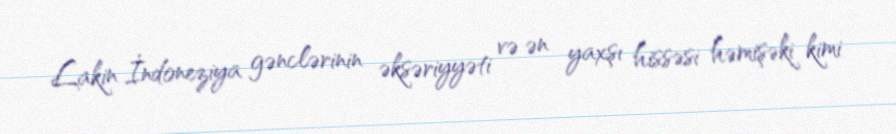
Lakin İndoneziya gənclərinin əksəriyyəti və ən yaxşı hissəsi həmişəki kimi